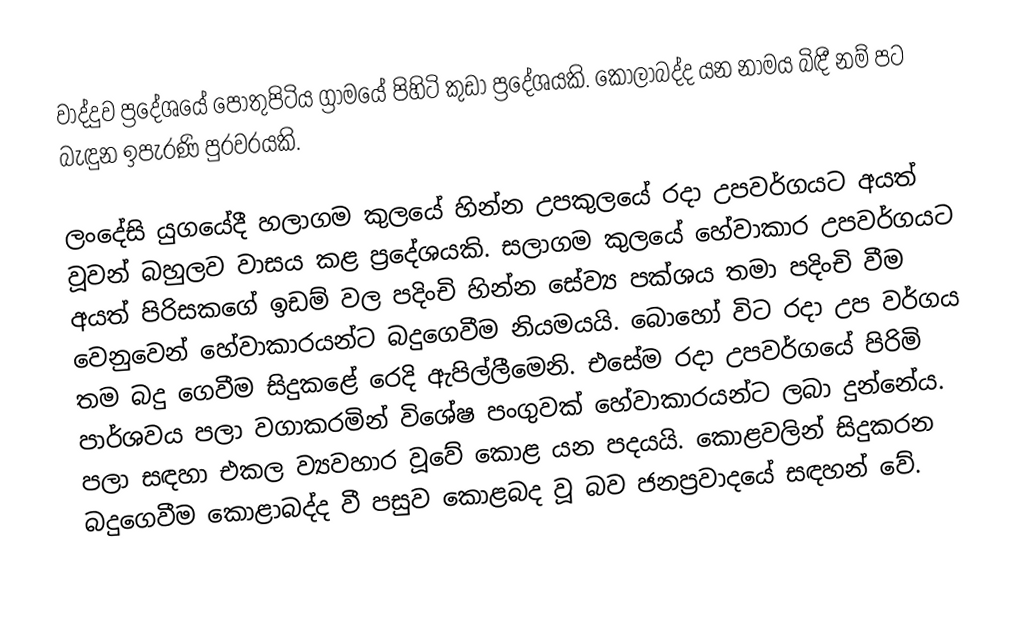
වාද්දුව ප්‍රදේශයේ පොතුපිටිය ග්‍රාමයේ පිහිටි කුඩා ප්‍රදේශයකි. කොලාබද්ද යන නාමය බිඳී නම් පට  බැඳුන ඉපැරණි පුරවරයකි.

ලංදේසි යුගයේදී හලාගම කුලයේ හින්න උපකුලයේ රදා උපවර්ගයට අයත් වූවන් බහුලව වාසය කළ ප්‍රදේශයකි. සලාගම කුලයේ හේවාකාර උපවර්ගයට අයත් පිරිසකගේ ඉඩම් වල පදිංචි හින්න සේව්‍ය පක්ශය තමා පදිංචි වීම වෙනුවෙන් හේවාකාරයන්ට බදුගෙවීම නියමයයි. බොහෝ විට රදා උප වර්ගය තම බදු ගෙවීම සිදුකළේ රෙදි ඇපිල්ලීමෙනි. එසේම රදා උපවර්ගයේ පිරිමි පාර්ශවය පලා වගාකරමින් විශේෂ පංගුවක් හේවාකාරයන්ට ලබා දුන්නේය. පලා සඳහා එකල ව්‍යවහාර වූවේ කොළ යන පදයයි. කොළවලින් සිදුකරන බදුගෙවීම කොළාබද්ද වී පසුව කොළබද වූ බව ජනප්‍රවාදයේ සඳහන් වේ.